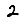
Digit: 2